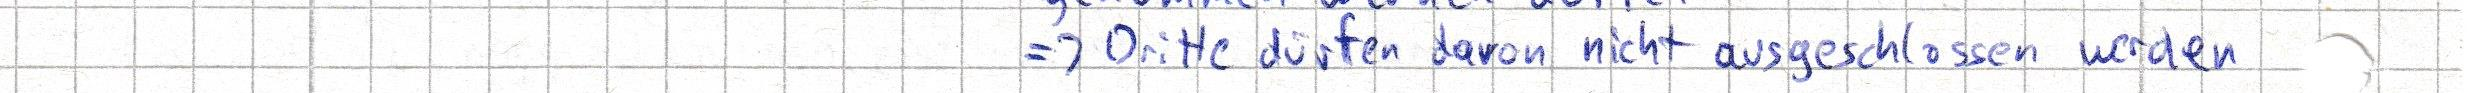
=> Dritte dürfen davon nicht ausgeschlossen werden